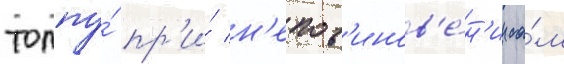
толпу́ пр'и́ н'епов'инов'е́н'ии са́м